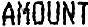
AMOUNT